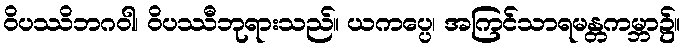
ဝိပဿိဘဂဝါ၊ ဝိပဿီဘုရားသည်။ ယကပ္ပေ၊ အကြင်သာရမန္တကမ္ဘာ၌။